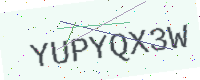
Text: YUPYQX3W